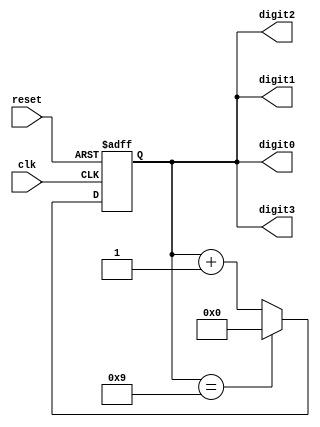
module BCD_Counter (
    input wire clk,
    input wire reset,
    output reg [3:0] digit0,
    output reg [3:0] digit1,
    output reg [3:0] digit2,
    output reg [3:0] digit3
);

reg [3:0] counter;

always @(posedge clk or posedge reset) begin
    if (reset) begin
        counter <= 4'b0000;
    end else begin
        if (counter == 4'b1001) begin
            counter <= 4'b0000;
        end else begin
            counter <= counter + 1;
        end
    end
end

assign digit0 = counter[3:0];
assign digit1 = counter[3:0];
assign digit2 = counter[3:0];
assign digit3 = counter[3:0];

endmodule